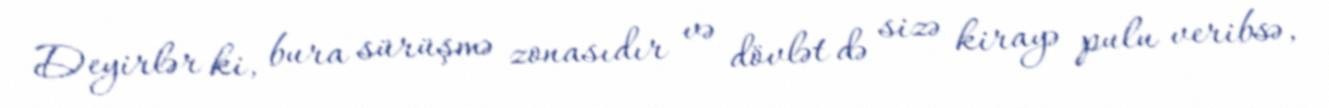
Deyirlər ki, bura sürüşmə zonasıdır və dövlət də sizə kirayə pulu veribsə,